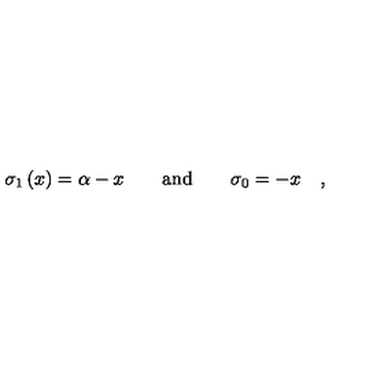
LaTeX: \sigma _ { 1 } \left( x \right) = \alpha - x \qquad \mathrm { a n d \qquad } \sigma _ { 0 } = - x \quad ,